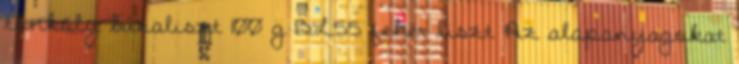
tönköly búzaliszt 100 g BL55 fehér liszt Az alapanyagokat